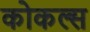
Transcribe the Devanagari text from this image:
कोकल्स